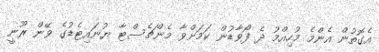
އެގޮތުން އެންމެ މުހިއްމު ދެ ފޯވާޑުން ކަމަށްވާ މެންޗެސްޓާ ޔުނައިޓެޑުގެ ވޭން ރޫނީ